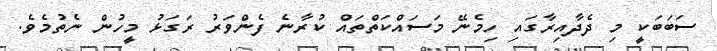
ސަބަބަކީ މި ދެދާއިރާގައި ހިމެނޭ މަސައްކަތްތައް ކުރާނެ ފެންވަރު ރަގަޅު މީހުން ނެތުމެވެ.